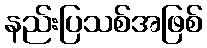
နည်းပြသစ်အဖြစ်